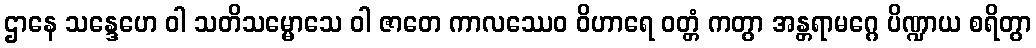
ဌာနေ သန္ဒေဟေ ဝါ သတိသမ္မောသေ ဝါ ဇာတေ ကာလဿေဝ ဝိဟာရေ ဝတ္တံ ကတွာ အန္တရာမဂ္ဂေ ပိဏ္ဍာယ စရိတွာ